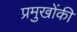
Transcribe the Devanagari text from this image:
प्रमुखोंकी